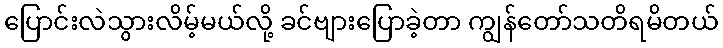
ပြောင်းလဲသွားလိမ့်မယ်လို့ ခင်ဗျားပြောခဲ့တာ ကျွန်တော်သတိရမိတယ်